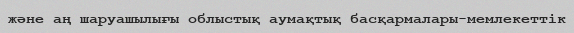
және аң шаруашылығы облыстық аумақтық басқармалары-мемлекеттік